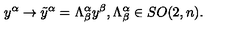
{ y } ^ { \alpha } \rightarrow \tilde { y } ^ { \alpha } = \Lambda _ { \beta } ^ { \alpha } y ^ { \beta } , \Lambda _ { \beta } ^ { \alpha } \in S O ( 2 , n ) .